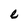
Character: e